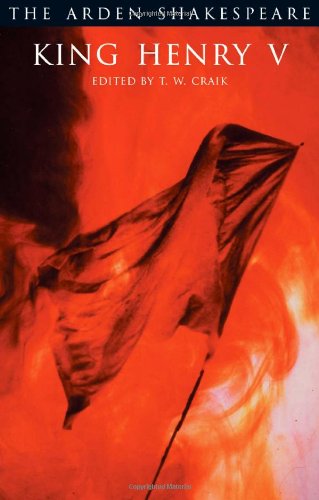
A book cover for King Henry V (Arden Shakespeare: Third Series); William Shakespeare; Literature & Fiction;